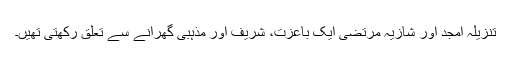
تنزیلہ امجد اور شازیہ مرتضیٰ ایک باعزت، شریف اور مذہبی گھرانے سے تعلق رکھتی تھیں۔